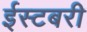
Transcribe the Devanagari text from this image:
ईस्टबरी